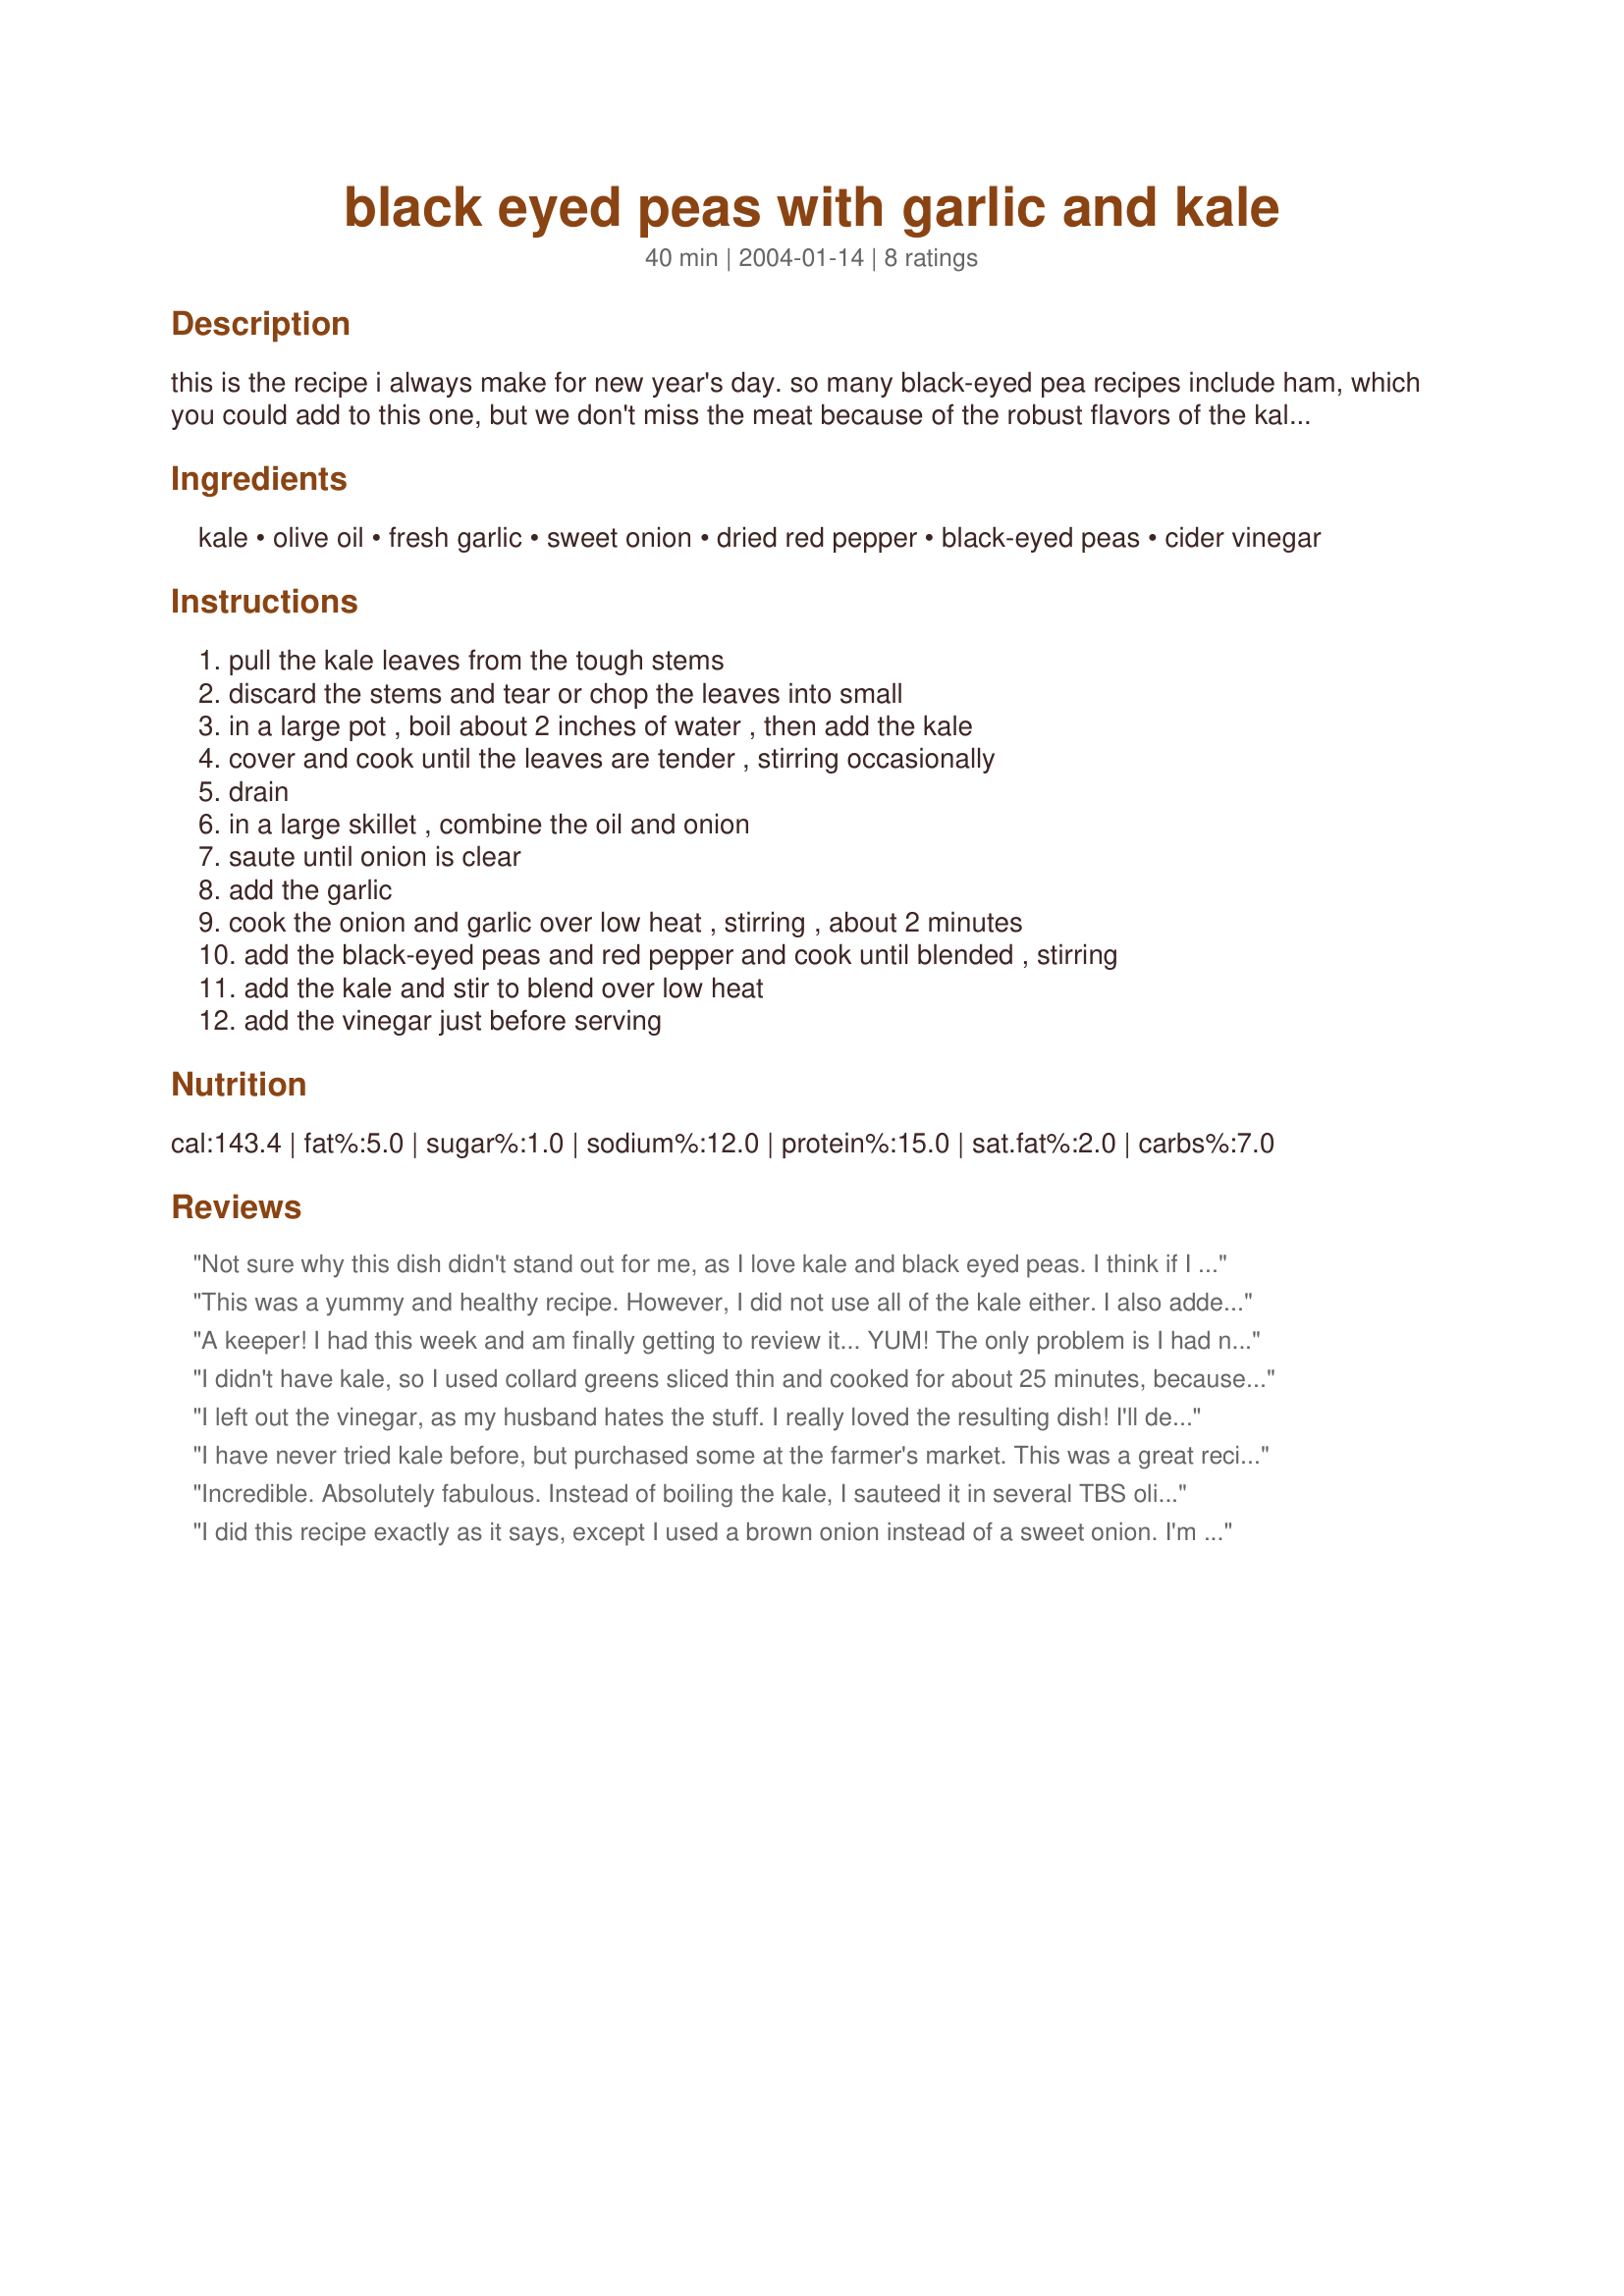
black eyed peas with garlic and kale
Preparation time: 40 minutes

this is the recipe i always make for new year's day. so many black-eyed pea recipes include ham, which you could add to this one, but we don't miss the meat because of the robust flavors of the kale, garlic and vinegar. this is one of the recipes you don't have to worry about measuring too much. sometimes, i'll use more kale and fewer beans, if i'm serving this along with a meat main dish. in fact, i'll leave the black-eyed peas out entirely, if i want a light side dish.

Ingredients:
kale, olive oil, fresh garlic, sweet onion, dried red pepper, black-eyed peas, cider vinegar

Steps:
pull the kale leaves from the tough stems, discard the stems and tear or chop the leaves into small, in a large pot , boil about 2 inches of water , then add the kale, cover and cook until the leaves are tender , stirring occasionally, drain, in a large skillet , combine the oil and onion, saute until onion is clear, add the garlic, cook the onion and garlic over low heat , stirring , about 2 minutes, add the black-eyed peas and red pepper and cook until blended , stirring, add the kale and stir to blend over low heat, add the vinegar just before serving

Reviews:
Not sure why this dish didn't stand out for me, as I love kale and black eyed peas. I think if I make this again I'll double the kale and keep the peas the same.
This was a yummy and healthy recipe. However, I did not use all of the kale either. I also added diced, fire-roasted tomatoes and extra garlic. Next time I think I will sautee the onions, garlic, and kale witht the balsamic.
A keeper! I had this week and am finally getting to review it... YUM! The only problem is I had no idea how much kale- 1 1/2 lbs seemed like soooo much! So I just used one gigantic bowlful, lightly steamed instead of boiled. I halved the other ingredients, except the garlic, which (tastily) resulted in me becoming a walking vampire repellant LOL. Oh, and it's great without vinegar too- because I forgot it :-) thanx!!!
I didn't have kale, so I used collard greens sliced thin and cooked for about 25 minutes, because they are a little tougher than kale. It turned out great! Had it with oven-fried drumsticks and cornbread. Definitely a menu we will repeat.
I left out the vinegar, as my husband hates the stuff. I really loved the resulting dish! I'll definitely make it again.
I have never tried kale before, but purchased some at the farmer's market. This was a great recipe, especially for first timers.

I really appreciate the instruction to remove the leaves from the stem. A lot of people may know this already, but I didn't. I tried making beet greens before and they were quite bitter, (I think because I didn't remove the stems!)

This is a good tasting and healthy recipe. Thanks!
Incredible. Absolutely fabulous.

Instead of boiling the kale, I sauteed it in several TBS olive oil with the onions and garlic. I also added a chopped up/ leftover baked potato. The balsalmic vinegar added the perfect flavor.

I cannot wait until the next potluck so I can offer this dish.
I did this recipe exactly as it says, except I used a brown onion instead of a sweet onion. I'm a little bit confused still about this recipe, especially as to which vinegar to use: cider or balsamic. They taste totally different, so how can it be interchangeable?! Maybe that is why the dish didn't really "pop" to us. Next time I'll try with balsamic vinegar.
